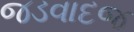
જડવાદજ